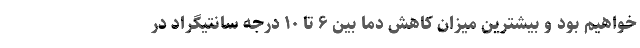
خواهیم بود و بیشترین میزان کاهش دما بین ۶ تا ۱۰ درجه سانتیگراد در